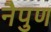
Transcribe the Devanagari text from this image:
नैपुण